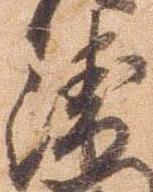
衛